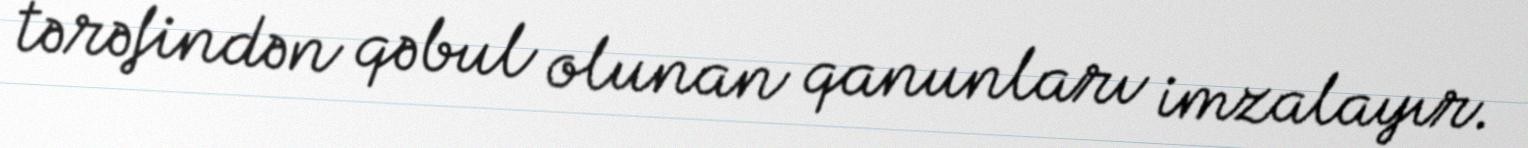
tərəfindən qəbul olunan qanunları imzalayır.